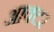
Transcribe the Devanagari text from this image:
आक्टर